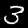
Digit: 3